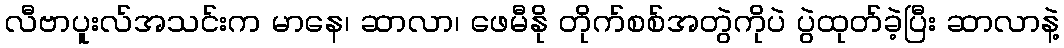
လီဗာပူးလ်အသင်းက မာနေ၊ ဆာလာ၊ ဖေမီနို တိုက်စစ်အတွဲကိုပဲ ပွဲထုတ်ခဲ့ပြီး ဆာလာနဲ့